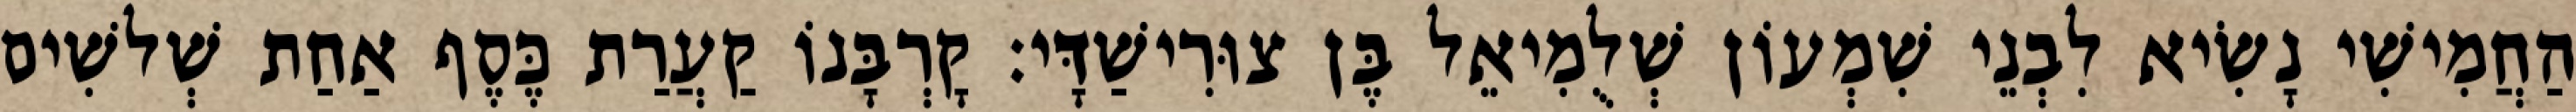
הַחֲמִישִׁי נָשִׂיא לִבְנֵי שִׁמְעוֹן שְׁלֻמִיאֵל בֶּן צוּרִישַׁדָּי׃ קָרְבָּנוֹ קַעֲרַת כֶּסֶף אַחַת שְׁלשִׁים